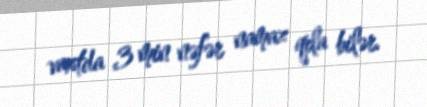
vaxtda 3 min nəfər namaz qıla bilər.